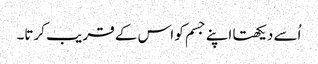
اُسے دیکھتا اپنے جسم کو اس کے قر یب کرتا۔